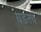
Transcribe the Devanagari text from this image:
घडतच